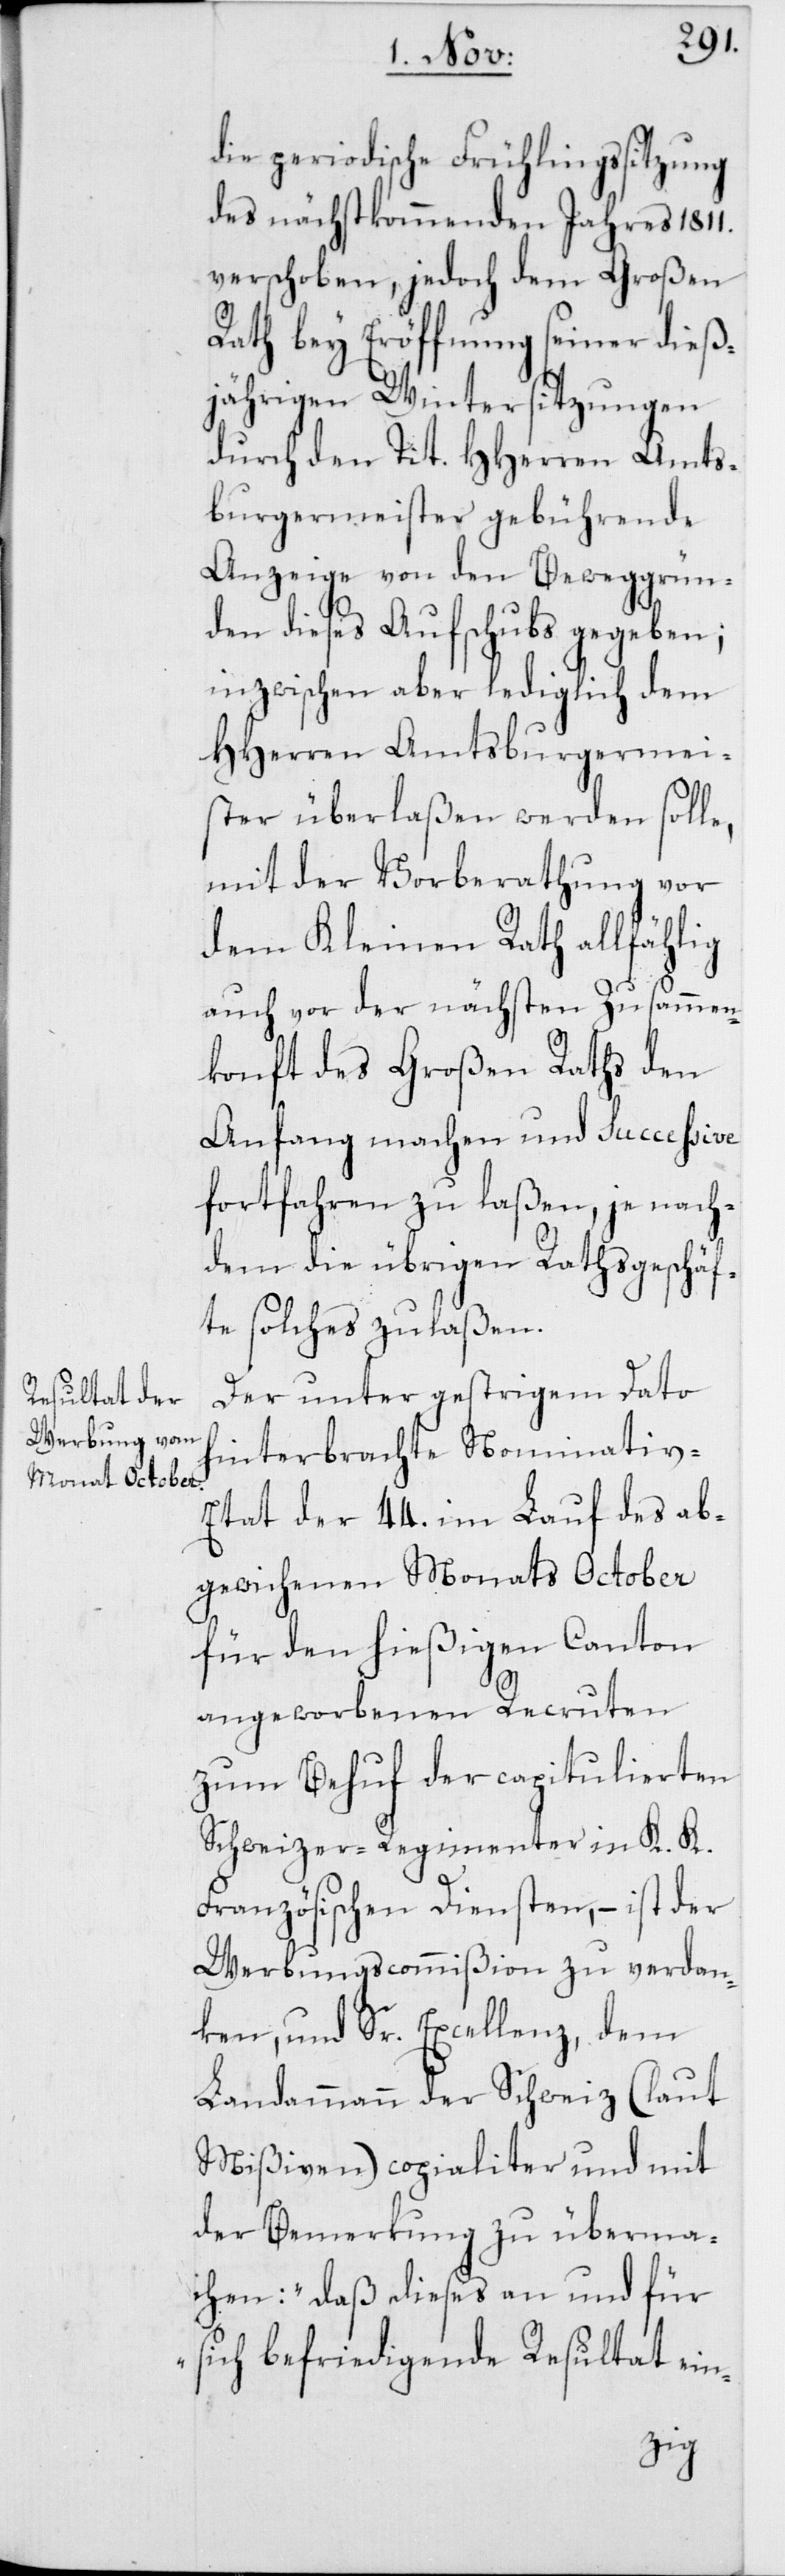
die periodische Frühlingssitzung
des nächstkommenden Jahres 1811.
verschoben, jedoch dem Großen
Rath bey Eröffnung seiner dieß¬
jährigen Wintersitzungen
durch den Tit. HHerren Amts¬
burgermeister gebührende
Anzeige von den Beweggrün¬
den dieses Aufschubs gegeben;
inzwischen aber lediglich dem
HHerren Amtsburgermei¬
ster überlaßen werden solle,
mit der Vorberathung vor
dem Kleinen Rath allfählig
auch vor der nächsten Zusammen¬
konft des Großen Raths den
Anfang machen und successive
fortfahren zu laßen, je nach¬
dem die übrigen Rathsgeschäf¬
te solches zulaßen.
Der unter gestrigem Dato
hinterbrachte Nominativ-E¬
tat der 44. im Lauf des ab¬
gewichenen Monats October
für den hießigen Canton
angeworbenen Recruten
zum Behuf der capitulierten
Schweizer-Regimenter in K. K.
Französischen Diensten, – ist der
Werbungscommißion zu verdan¬
ken, und Sr. Excellenz, dem
Landammann der Schweiz (laut
Mißiven) copialiter und mit
der Bemerkung zu überma¬
chen: „Daß dieses an und für
sich befriedigende Resultat ein-